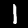
Label: 1